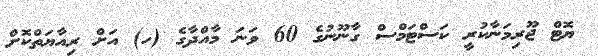
ޔޮޓް ޖޫރިމަނާކުރީ ކަސްޓަމްސް ގާނޫނުގެ 60 ވަނަ މާއްދާގެ (ހ) އަށް ރިއާޔަތްކޮށް